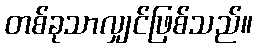
တစ်ခုသာလျှင်ဖြစ်သည်။